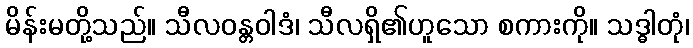
မိန်းမတို့သည်။ သီလဝန္တဝါဒံ၊ သီလရှိ၏ဟူသော စကားကို။ သဒ္ဓါတုံ၊